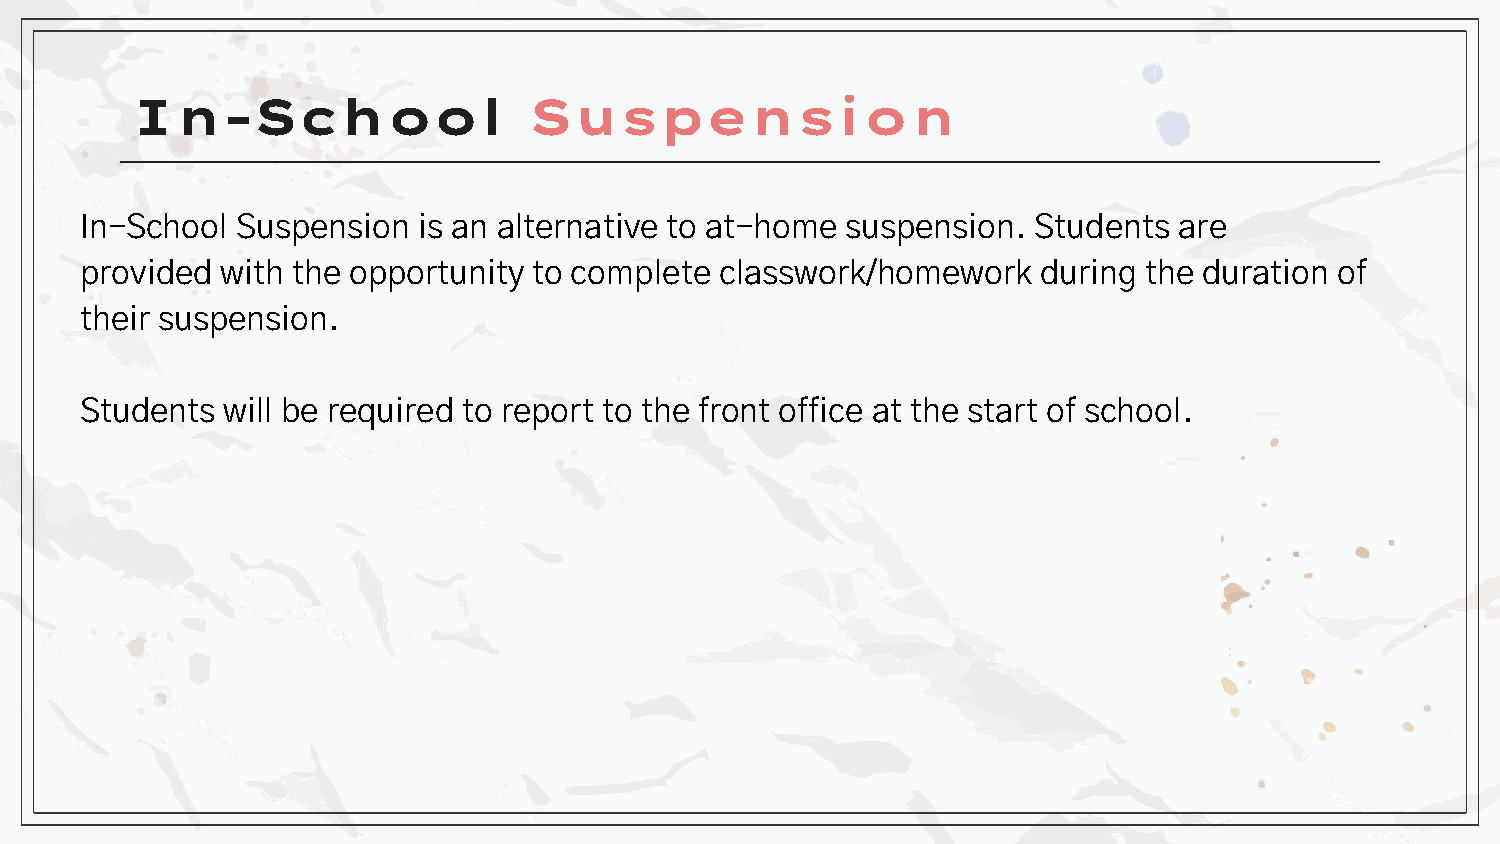
In-School                 Suspension
 In-School  Suspension  is an alternative to at-home suspension. Students are
 provided  with the opportunity to complete classwork/homework   during the duration of
 their suspension.
 Students  will be required to report to the front office at the start of school.